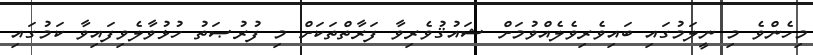
މިހެންވެ މި ނީލަމުގައި ބައިވެރިވެލެއްވުމަށް ޝައުޤުވެރިވާ ފަރާތްތަކަށް މި ފުރުޞަތު ހުޅުވާލެވިފައިވާ ކަމުގައި